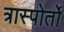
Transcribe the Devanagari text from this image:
त्रास्पोर्तो